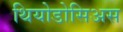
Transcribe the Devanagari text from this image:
थियोडोसिअस